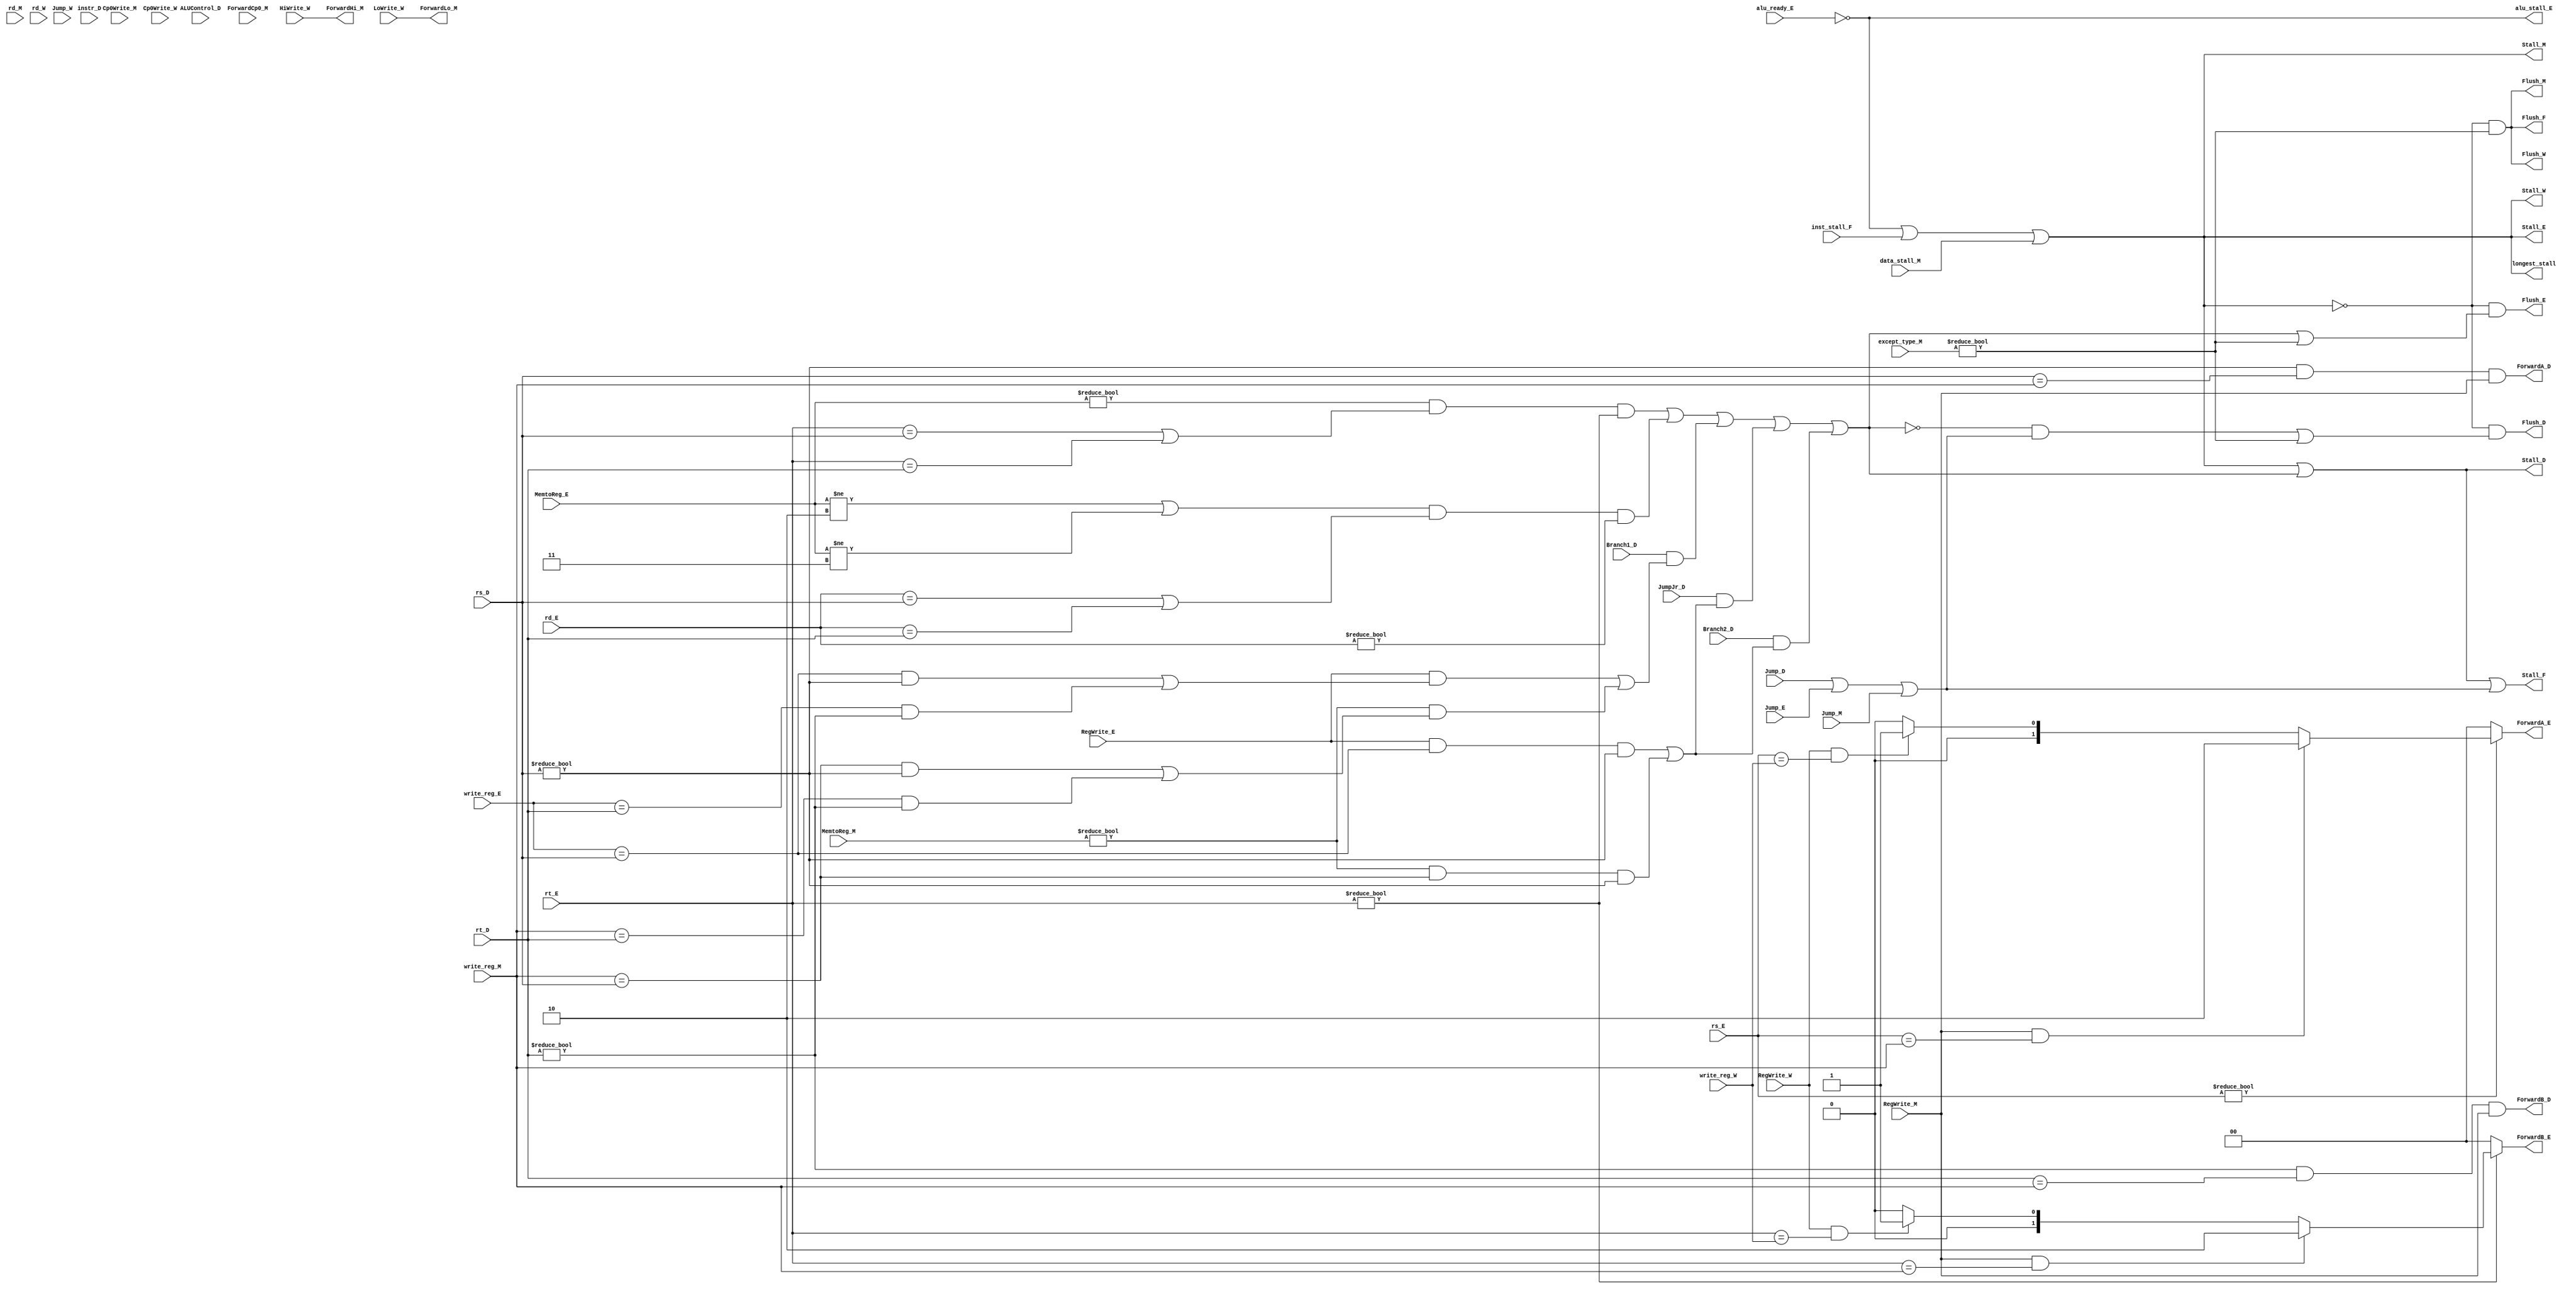
module hazard(
	output wire longest_stall,
	//fetch stage
	output wire Stall_F, Flush_F,
	input wire inst_stall_F,
	//decode stage
	input wire [4:0] rs_D,rt_D,
	input wire Branch1_D,Branch2_D,
	output wire ForwardA_D,ForwardB_D,
	output wire Stall_D,
	input wire JumpJr_D,
	output wire Flush_D,
	input wire [31:0] instr_D,
	input wire [7:0] ALUControl_D,
	input wire Jump_D,
	//execute stage
	input wire [4:0] rs_E,rt_E,rd_E,
	input wire [4:0] write_reg_E,
	input wire RegWrite_E,
	input wire [2:0] MemtoReg_E,
	output reg [1:0] ForwardA_E,ForwardB_E,
	output wire Flush_E,
	input wire alu_ready_E,
	output wire Stall_E,
	input wire Jump_E,
	output wire alu_stall_E,
	
	//mem stage
	input wire [4:0] write_reg_M,
	input wire RegWrite_M,
	input wire [2:0] MemtoReg_M,
	output wire Flush_M,
	output wire ForwardHi_M, ForwardLo_M,
	input wire Jump_M,
	output wire Stall_M,
	input wire [31:0] except_type_M,
	input wire ForwardCp0_M,
	input wire [4:0] rd_M,
	input wire data_stall_M,
	input wire Cp0Write_M,

	//write back stage
	input wire[4:0] write_reg_W,
	input wire RegWrite_W,
	input wire HiWrite_W, LoWrite_W,
	input wire Jump_W,
	output wire Flush_W,
	output wire Stall_W,
	input wire Cp0Write_W,
	input wire [4:0] rd_W
);
	wire [6:0] opcode_D = instr_D[31:26];

	wire lw_stall_D,branch1_stall_D,branch2_stall_D,jr_stall_D;

	assign ForwardA_D = (rs_D != 0 & rs_D == write_reg_M & RegWrite_M);
	assign ForwardB_D = (rt_D != 0 & rt_D == write_reg_M & RegWrite_M);
	
	// (sub add add)  OR  (lw add) 
	always @(*) begin
		ForwardA_E = 2'b00;
		ForwardB_E = 2'b00;
		if(rs_E != 0) begin
			if(RegWrite_M & rs_E==write_reg_M) begin
				ForwardA_E = 2'b10;
			end else if(RegWrite_W & rs_E==write_reg_W) begin
				ForwardA_E = 2'b01;
			end
		end
		if(rt_E != 0) begin
			if(RegWrite_M & rt_E==write_reg_M) begin
				ForwardB_E = 2'b10;
			end else if(RegWrite_W & rt_E==write_reg_W) begin
				ForwardB_E = 2'b01;
			end
		end
	end
	// div mfhi mflo
	assign ForwardHi_M = HiWrite_W;
	assign ForwardLo_M = LoWrite_W;
	// assign ForwardCp0_M = Cp0Write_M & (rd_M == rd_M);

	//stalls
	assign lw_stall_D = ((MemtoReg_E!=3'b000) & (rt_E==rs_D | rt_E==rt_D) & (rt_E!=0)) | 
						(((MemtoReg_E!=3'b010)|(MemtoReg_E!=3'b011)) & (rd_E==rs_D | rd_E==rt_D) & (rd_E!=0));
	assign branch1_stall_D = Branch1_D & (
				RegWrite_E & (write_reg_E==rs_D&rs_D!=0 | write_reg_E==rt_D&rt_D!=0) |
				(MemtoReg_M!=3'b000) & (write_reg_M==rs_D&rs_D!=0 | write_reg_M==rt_D&rt_D!=0)
				);
	assign branch2_stall_D = Branch2_D & (
				RegWrite_E & write_reg_E==rs_D&rs_D!=0 |
				(MemtoReg_M!=3'b000) & write_reg_M==rs_D&rs_D!=0
				);
	assign alu_stall_E = ~alu_ready_E;
	assign jr_stall_D = JumpJr_D & (
				RegWrite_E & write_reg_E==rs_D&rs_D!=0 |
				(MemtoReg_M!=3'b000) & write_reg_M==rs_D&rs_D!=0
				);

	wire stall1;
	wire stall2;
	assign longest_stall = alu_stall_E | inst_stall_F | data_stall_M;
	assign stall1 = lw_stall_D | branch1_stall_D | jr_stall_D | branch2_stall_D;
	assign stall2 = Jump_D | Jump_E | Jump_M;

	assign Stall_W = longest_stall;
	assign Stall_M = longest_stall;
	assign Stall_E = longest_stall;
	assign Stall_D = longest_stall | stall1;
	assign Stall_F = longest_stall | stall1 | stall2;

	assign Flush_W = ~longest_stall & ((except_type_M != 0));
	assign Flush_M = ~longest_stall & ((except_type_M != 0));
	assign Flush_E = ~longest_stall & ((stall1) | (except_type_M != 0));
	assign Flush_D = ~longest_stall & ((~stall1 & stall2) | (except_type_M != 0));
	assign Flush_F = ~longest_stall & ((except_type_M != 0));
endmodule